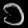
Digit: ၁